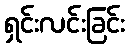
ရှင်းလင်းခြင်း